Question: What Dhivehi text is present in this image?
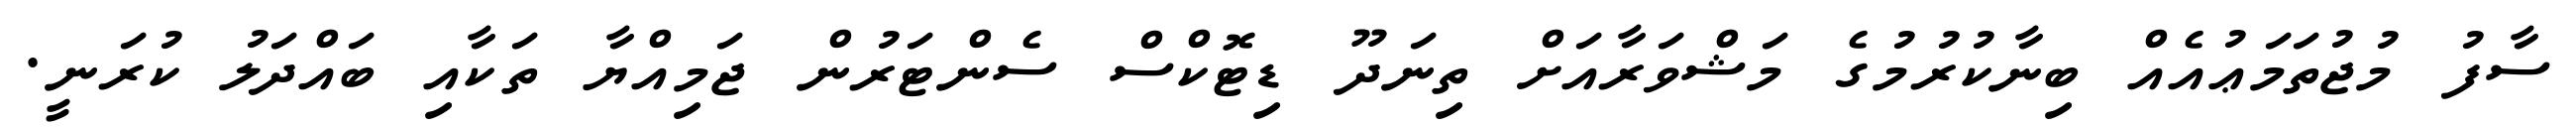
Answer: ސާފު މުޖުތަމަޢުއެއް ބިނާކުރުމުގެ މަޝްވަރާއަށް ތިނަދޫ ޑިޓޮކްސް ސެންޓަރުން ޖަމިއްޔާ ތަކާއި ބައްދަލު ކުރަނީ.